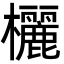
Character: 欐